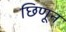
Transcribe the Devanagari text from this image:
छिणून